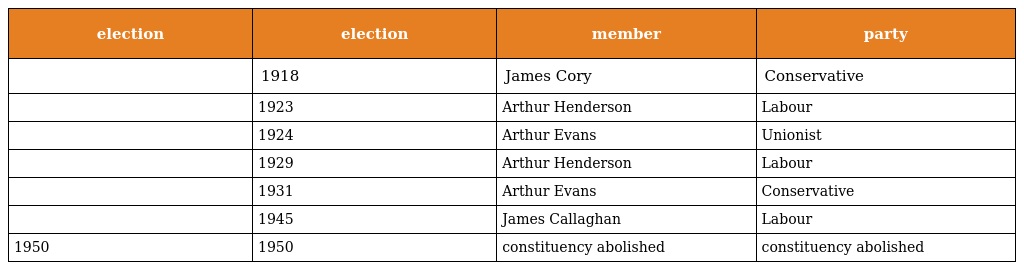
| election | election | member | party |
 | --- | --- | --- | --- |
 |  | 1918 | James Cory | Conservative |
 |  | 1923 | Arthur Henderson | Labour |
 |  | 1924 | Arthur Evans | Unionist |
 |  | 1929 | Arthur Henderson | Labour |
 |  | 1931 | Arthur Evans | Conservative |
 |  | 1945 | James Callaghan | Labour |
 | 1950 | 1950 | constituency abolished | constituency abolished |